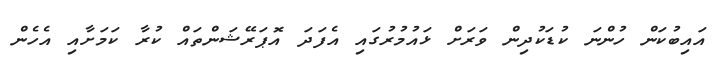
އައިބުކަން ހުންނަ ކުޑަކުދިން ވަރަށް ޅައުމުރުގައި އެފަދަ އޮޕަރޭޝަންތައް ކުރާ ކަމަށާއި އެހެން